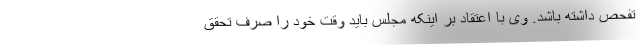
تفحص داشته باشد. وی با اعتقاد بر اینکه مجلس باید وقت خود را صرف تحقق